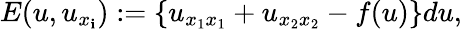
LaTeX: E(u,u_{x_{\mathbf{i}}}):=\{ u_{x_{1}x_{1}}+u_{x_{2}x_{2}}-f(u)\} du,